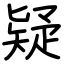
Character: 疑